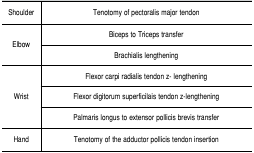
<table><thead><tr><td><b>Shoulder</b></td><td><b>Tenotomy ofpectoralis major tendon</b></td></tr></thead><tbody><tr><td rowspan="2">Elbow</td><td>Biceps toTriceps transfer</td></tr><tr><td>Brachialislengthening</td></tr><tr><td rowspan="3">Wrist</td><td>Flexor carpiradialis tendon z- lengthening</td></tr><tr><td>Flexordigitorum superficilais tendon z-lengthening</td></tr><tr><td>Palmarislongus to extensor pollicis brevis transfer</td></tr><tr><td>Hand</td><td>Tenotomy ofthe adductor pollicis tendon insertion</td></tr></tbody></table>